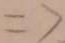
\Rightarrow